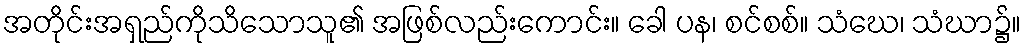
အတိုင်းအရှည်ကိုသိသောသူ၏ အဖြစ်လည်းကောင်း။ ခေါ ပန၊ စင်စစ်။ သံဃေ၊ သံဃာ၌။